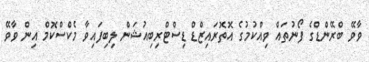
ވާވޭ ބްރޭންޑްގެ ފޯނުތައް ވިއްކުމުގެ އޮތޮރައިޒްޑް ޑިސްޓްރިބިއުޝަން ލިބިފައިވާ މެކްސްކޮމް އިން ވާވޭ